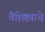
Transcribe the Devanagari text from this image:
वैशिष्ट्याचे